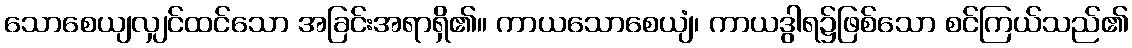
သောစေယျလျှင်ထင်သော အခြင်းအရာရှိ၏။ ကာယသောစေယျံ၊ ကာယဒွါရ၌ဖြစ်သော စင်ကြယ်သည်၏